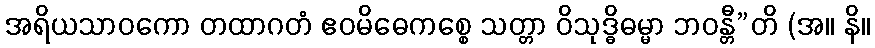
အရိယသာဝကော တထာဂတံ ဧဝမိဓေကစ္စေ သတ္တာ ဝိသုဒ္ဓိဓမ္မာ ဘဝန္တီ”တိ (အ။ နိ။